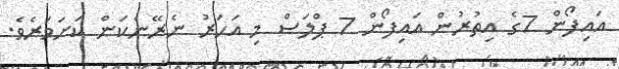
އައިފޯން 7ގެ އިތުރުން އައިފޯން 7 ޕްލަސް މި އަހަރު ނެރޭނެކަން ކަށަވަރެވެ.